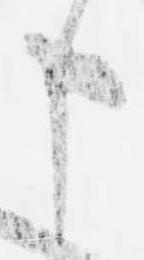
申